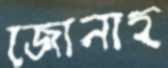
জোনাহ